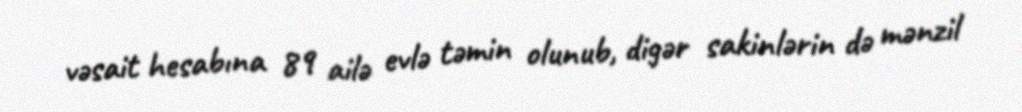
vəsait hesabına 89 ailə evlə təmin olunub, digər sakinlərin də mənzil